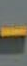
-